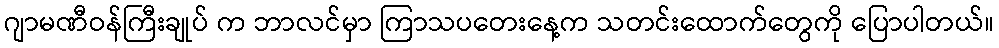
ဂျာမဏီဝန်ကြီးချုပ် က ဘာလင်မှာ ကြာသပတေးနေ့က သတင်းထောက်တွေကို ပြောပါတယ်။